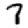
Digit: 7